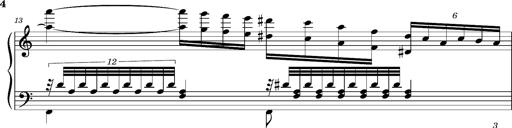
Title: Ungarischer Romanzero
Composer: Franz Liszt